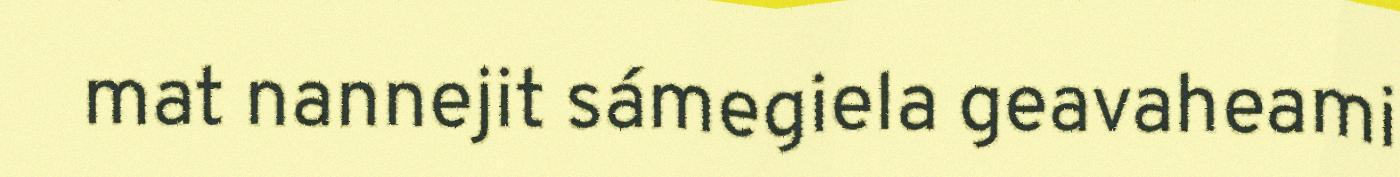
mat nannejit sámegiela geavaheami